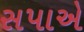
સપાએ